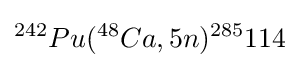
^{242}Pu(^{48}Ca,5n)^{285}114